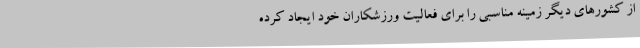
از کشورهای دیگر زمینه مناسبی را برای فعالیت ورزشکاران خود ایجاد کرده